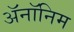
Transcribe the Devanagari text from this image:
ॲनॉनिम